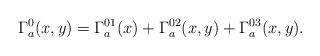
LaTeX: \begin{align*}\Gamma_a^0(x,y)=\Gamma_a^{01}(x)+\Gamma_a^{02}(x,y)+\Gamma_a^{03}(x,y).\end{align*}